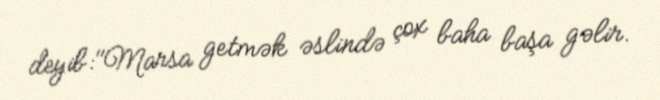
deyib:"Marsa getmək əslində çox baha başa gəlir.